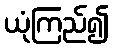
ယုံကြည်၍